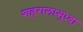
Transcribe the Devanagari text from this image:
शहरालासुध्दा